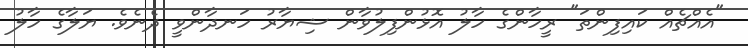
"އެއްޗެއް ކައިފިންތަ" ރީހާންގެ ހާލު އޮޅުންފިލުވާން ޝިޔާރު ހަނދާންވީ ދެނެވެ. ޔަލާގެ ހާލު